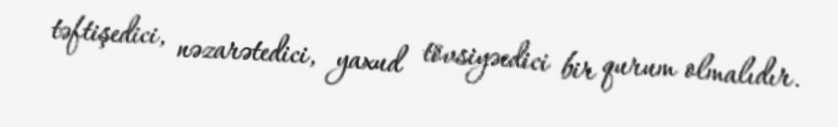
təftişedici, nəzarətedici, yaxud tövsiyəedici bir qurum olmalıdır.